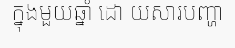
ក្នុងមួយឆ្នាំ ដោ យសារបញ្ហា